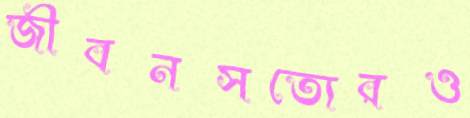
জীবনসত্যেরও